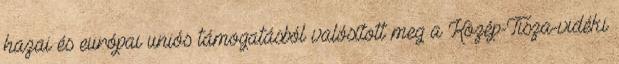
hazai és európai uniós támogatásból valósított meg a Közép-Tisza-vidéki